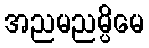
အညမညမ္ပိမေ